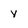
Character: y